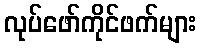
လုပ်ဖော်ကိုင်ဖက်များ